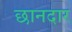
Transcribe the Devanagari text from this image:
छानदार